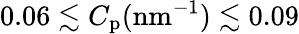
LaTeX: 0.06\lesssim C_{\mathrm{p}}(\mathrm{nm}^{-1})\lesssim 0.09